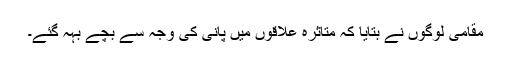
مقامی لوگوں نے بتایا کہ متاثرہ علاقوں میں پانی کی وجہ سے بچے بہہ گئے۔